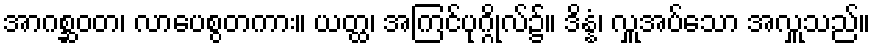
အာဂစ္ဆဝတ၊ လာပေစွတကား။ ယတ္ထ၊ အကြင်ပုဂ္ဂိုလ်၌။ ဒိန္နံ၊ လှူအပ်သော အလှူသည်။